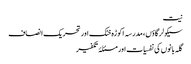
نیت
سیکولر گاؤں، مدرسہ اکوڑہ خٹک اور تحریک انصاف
گلہ بانوں کی نفسیات اور مسئلۂ تکفیر